Scottish Certificate of Education, 1962
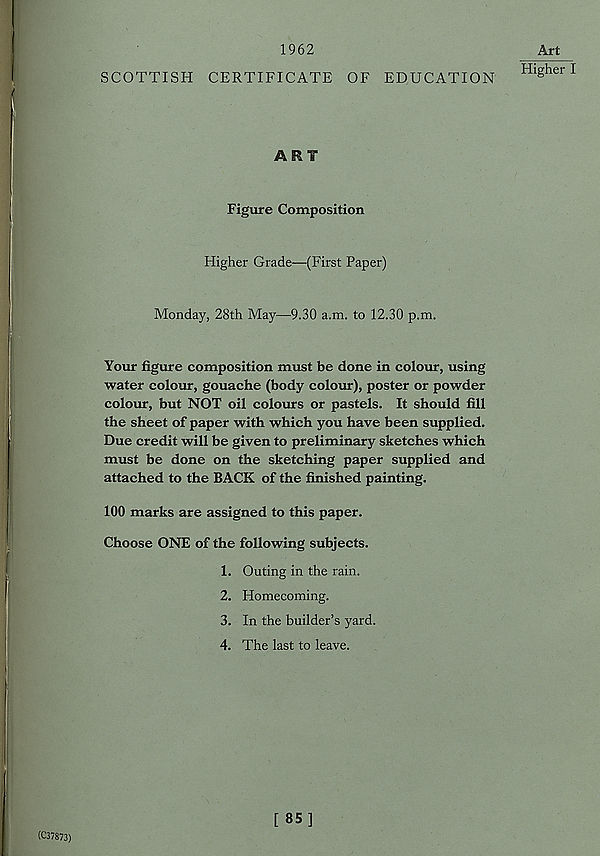
1962
SCOTTISH CERTIFICATE OF EDUCATION
ART
Figure Composition
Higher Grade—(First Paper)
Monday, 28th May—9.30 a.m. to 12.30 p.m.
Your figure composition must be done in colour, using
water colour, gouache (body colour), poster or powder
colour, but NOT oil colours or pastels. It should fill
the sheet of paper with which you have been supplied.
Due credit will be given to preliminary sketches which
must be done on the sketching paper supplied and
attached to the BACK of the finished painting.
100 marks are assigned to this paper.
Choose ONE of the following subjects.
1. Outing in the rain.
2. Homecoming.
3. In the builder’s yard.
4. The last to leave.
Art
Higher I
(C37873)
[ 85]